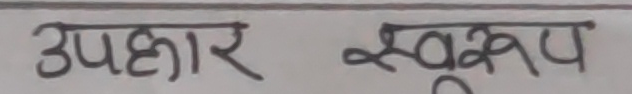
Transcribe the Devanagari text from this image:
उपहार स्वरूप